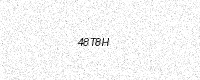
Text: 48T8H